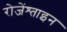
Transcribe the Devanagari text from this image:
रोजेंश्ताइन